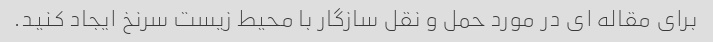
برای مقاله ای در مورد حمل و نقل سازگار با محیط زیست سرنخ ایجاد کنید.